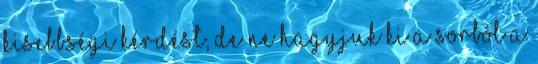
kisebbségi kérdést, de ne hagyjuk ki a sorból a